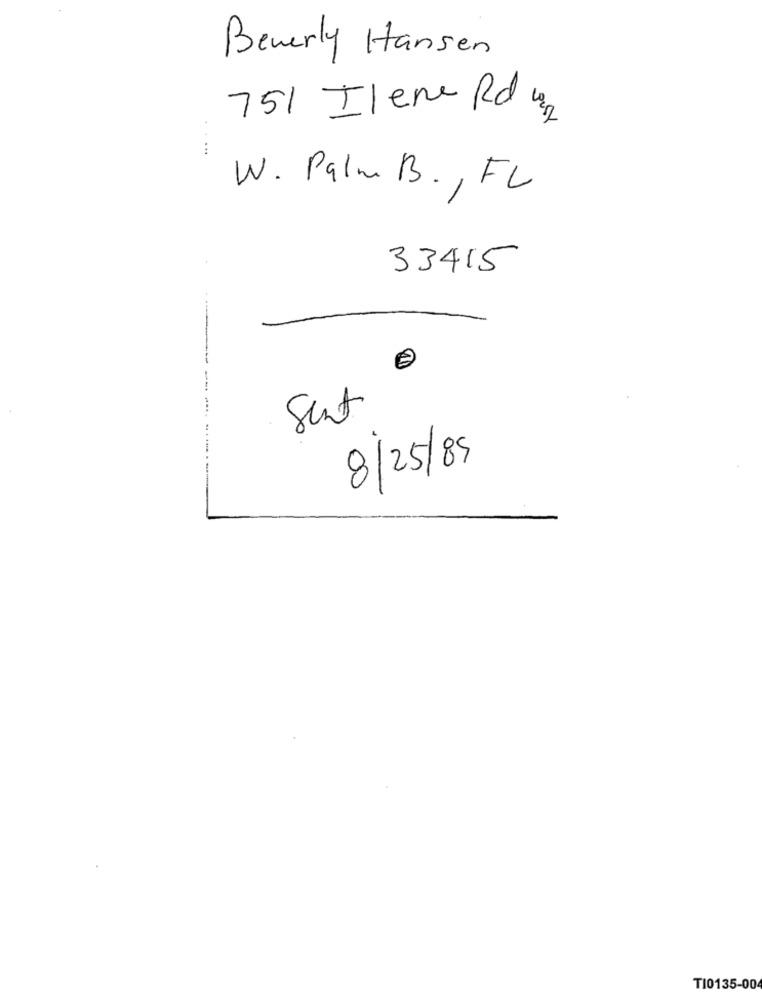
Beverly Hansen
751 Ilene Rd um
W. Palm B. , FL
33415
Sent
8/25/89
T10135-00